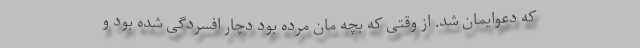
که دعوایمان شد. از وقتی که بچه مان مرده بود دچار افسردگی شده بود و